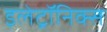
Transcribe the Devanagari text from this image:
इलेट्रॉनिक्स